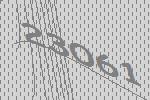
23061